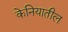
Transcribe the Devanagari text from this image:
केनियातील